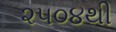
૨૫૦૪થી